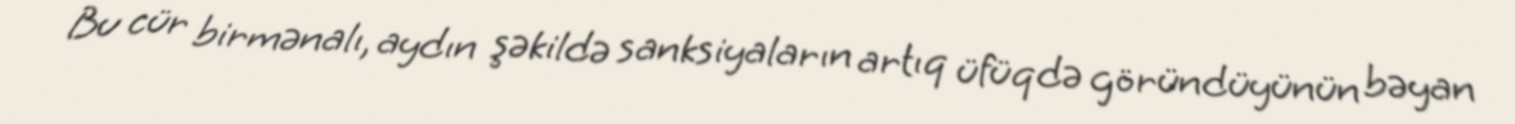
Bu cür birmənalı, aydın şəkildə sanksiyaların artıq üfüqdə göründüyünün bəyan